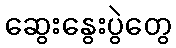
ဆွေးနွေးပွဲတွေ